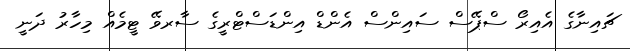
ޗައިނާގެ އެއިރޯ ސްޕޭސް ސައިންސް އެންޑް އިންޑަސްޓްރީގެ ސާރވޭ ޓީމެއް މިހާރު ދަނީ